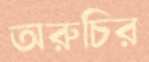
অরুচির